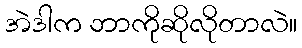
အဲဒါက ဘာကိုဆိုလိုတာလဲ။